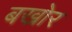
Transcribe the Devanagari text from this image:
बखोर